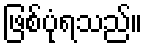
ဖြစ်ပုံရသည်။